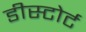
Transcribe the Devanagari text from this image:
डीस्टोर्ट